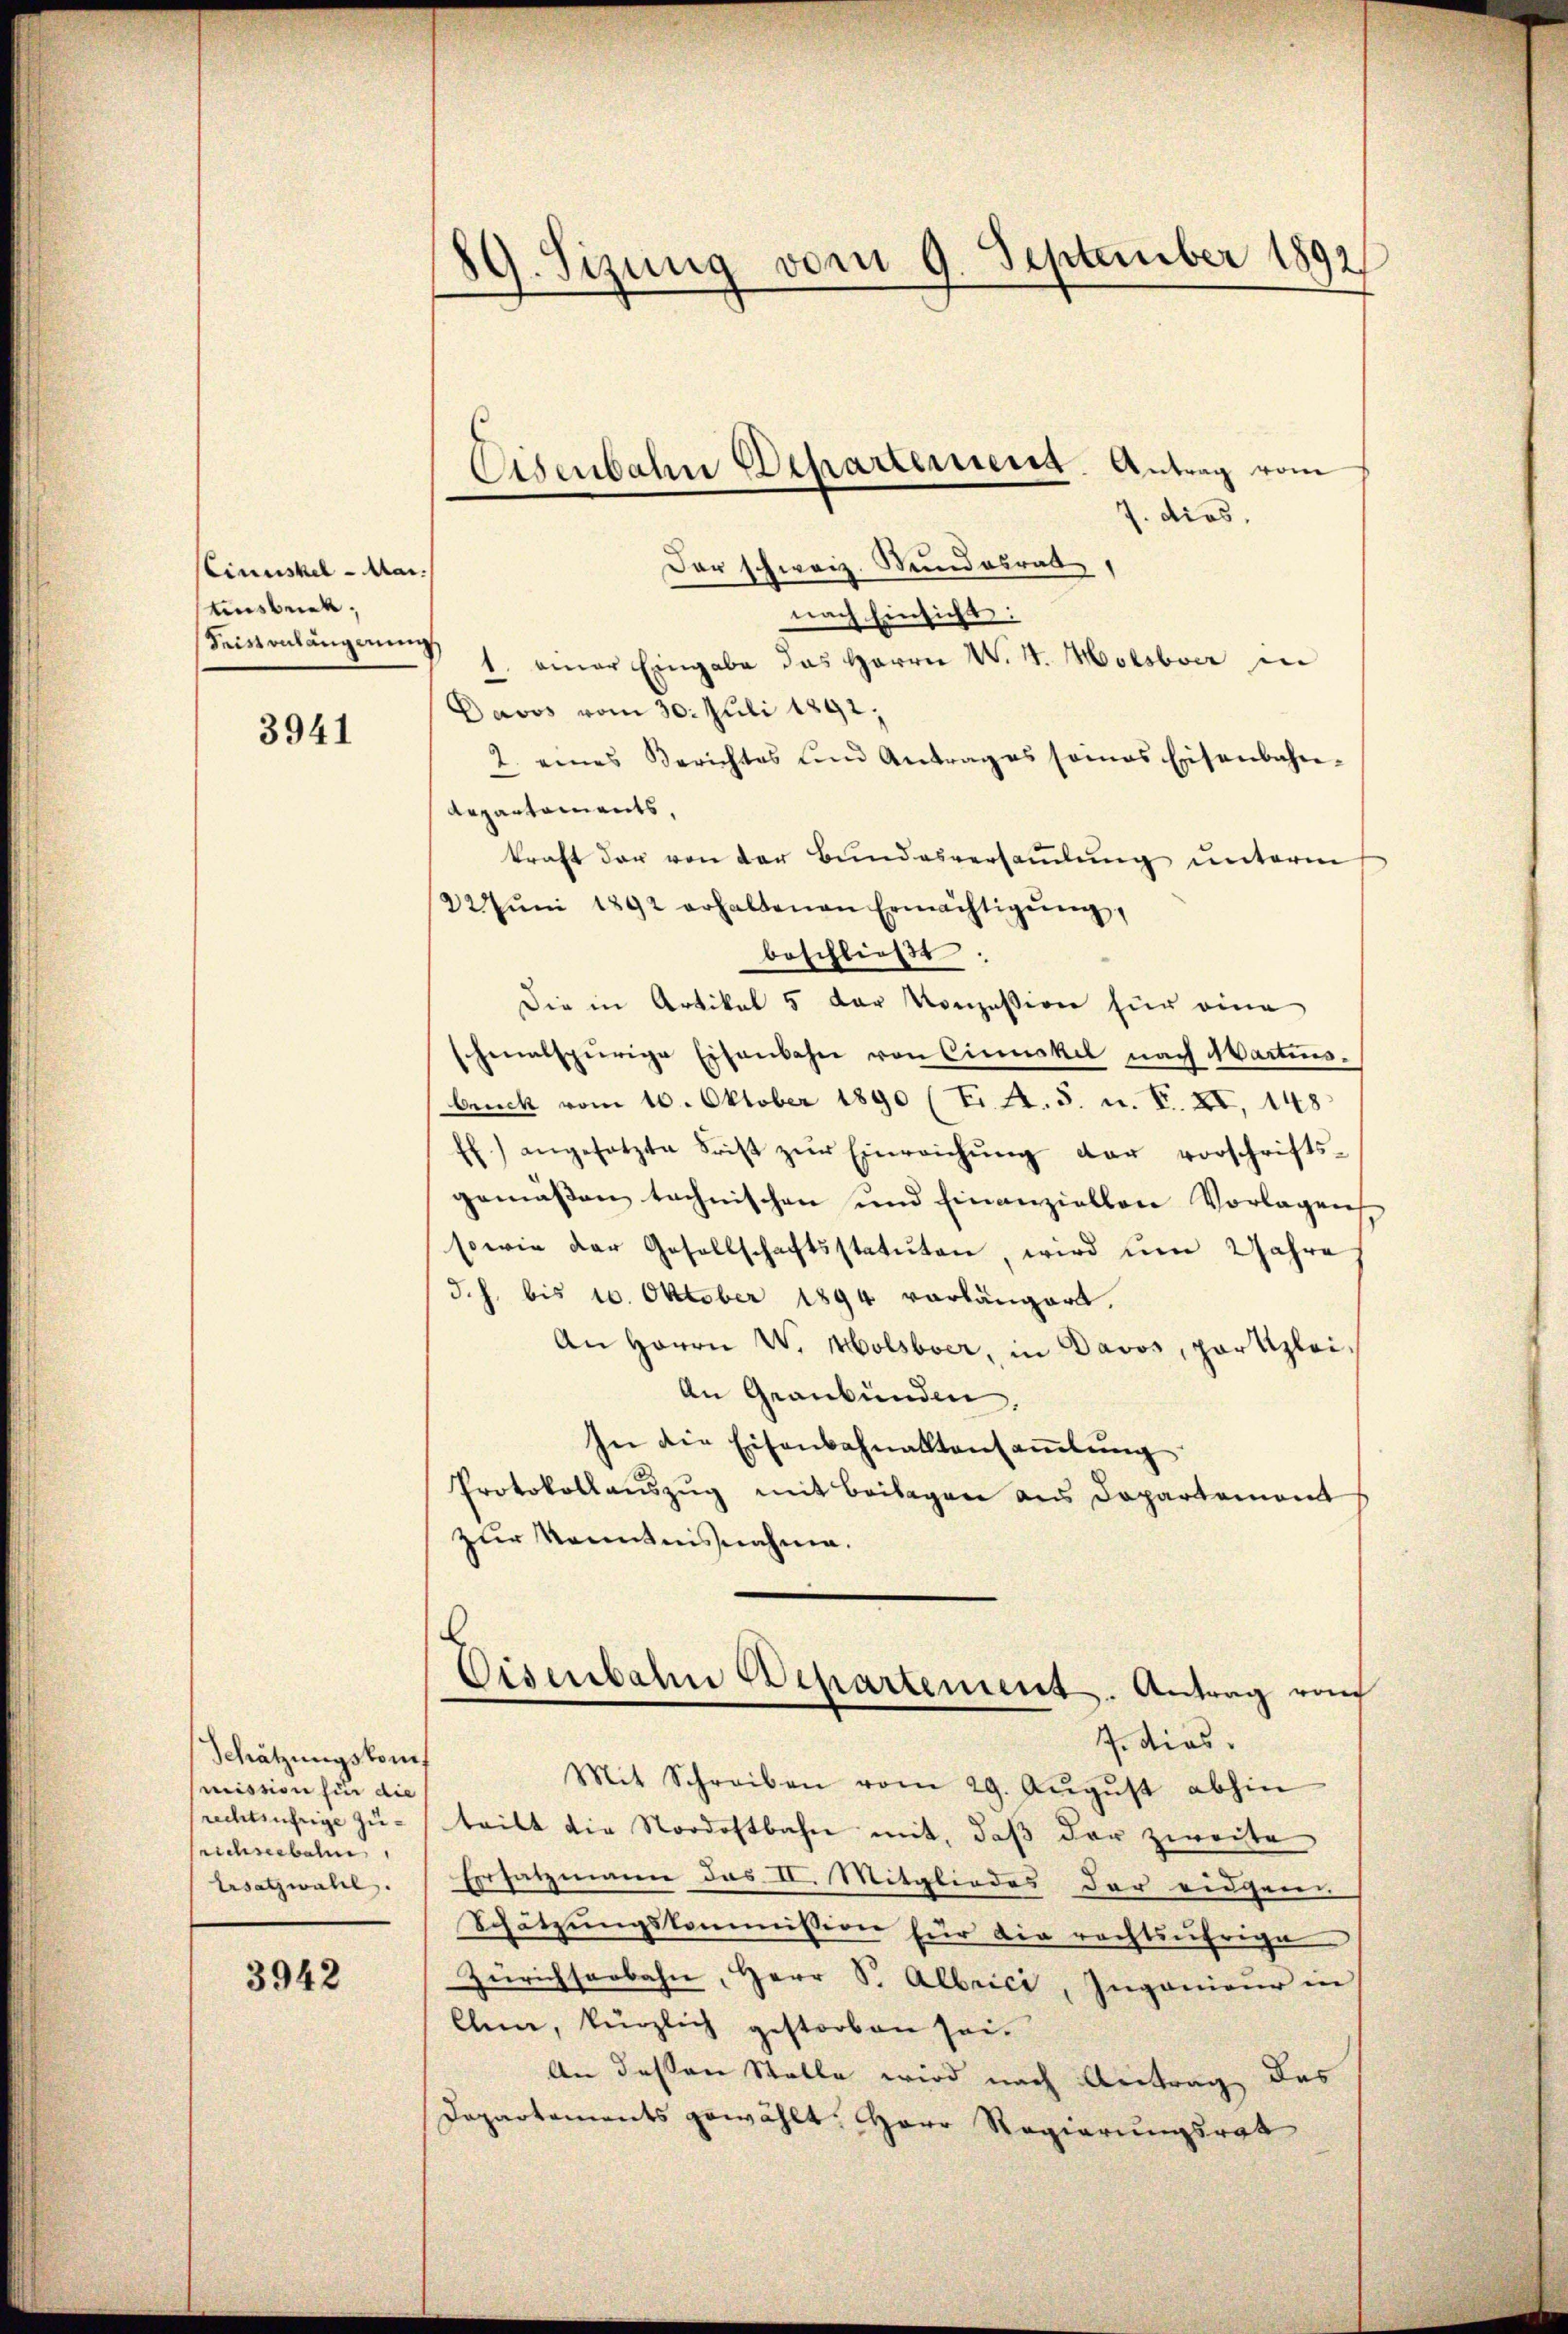
Cinuskel - Mai.
tinsbeck,
Seisonlängerung

3941

Schätzungskommission fin die
rechtsührige Zurichseebahn
Ersatzwahl.

3942

89. Sizung vom 9. September 1892

dios.
Der schweiz. Stundesrat
nach Einsicht:
1. einer Eingabe das Herrn W. H. Holsbver in
Davos vom 30. Juli 1891.
2. eines Berichtes und Antrages seines Eisenbahn-
Repartements,
kraft der von der Bundesversaṁlŭng unterm
22. Jŭni 1892 erhaltenen Ermächtigŭng,
beschlieβt.
Die in Artikel 5 der Konzession für eine
schmalspurige Eisenbahn von Cinckel nach Martinsbruck vom 10. Oktober 1890 (ti. A. S. u. F. XI. 148
ff.) angesetzte Frist zŭr Einreichŭng der vorschrifts-
gemäßen technischen und einanziellere Vorlagen
sowie der Gesellschaftsstatuten, wird ŭm Jahre
d. h. bis 10. Oktober 1894 vorlängert.
An Herrn W. Molsbver, in Davos, partizlei¬
An Graubünden,
In die Eisenbahnaktansaṁlŭng
Protokollaŭszŭg mit Beilagen aus Departement
zur Kenntnisnahme.
Disenbahn Departement. Antrag von
Jedios.
Mit Schreiben vom 29. Aŭgŭst abhin
tritt die Nordostbahn mit, daß der zweite
Ersatzmann das II. Mitgliedes der eidgen
Schätzungskommission für die rechtsährige
Zürichseebahn, Herr S. Albrice, Ingenieŭr in
len, kürzlich gestorben sei.
An dessen Stelle wird nach Antrag des
Departaments gewählt: Herr Regierungsrat

Eisenbahn Departement. Antrag vom